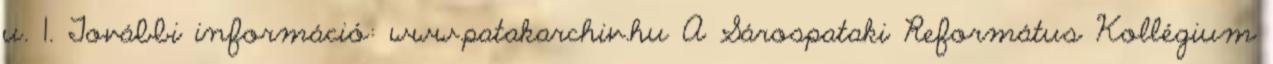
u. 1. További információ: www.patakarchiv.hu A Sárospataki Református Kollégium